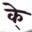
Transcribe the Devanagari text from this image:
के्